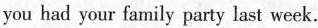
you had your family party last week.